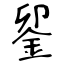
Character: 𨥫